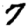
Digit: 7